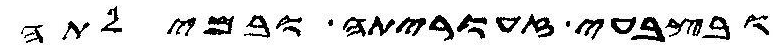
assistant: ובצבעי זעוריתה ובמילתה